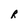
Character: R